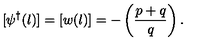
[ \psi ^ { \dagger } ( l ) ] = [ w ( l ) ] = - \left( \frac { p + q } { q } \right) .